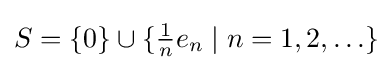
S=\{0\}\cup \{{\tfrac {1}{n}}e_{n}\mid n=1,2,\ldots \}